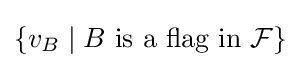
\{v_{B}\mid B{\text{ is a flag in }}{\mathcal {F}}\}